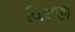
વિરજી